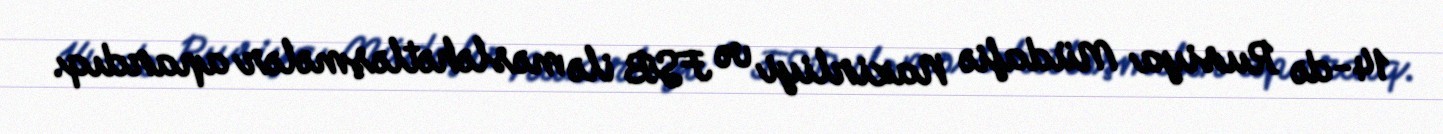
14-də Rusiya Müdafiə Nazirliyi və FSB ilə məsləhətləşmələr apardıq.